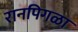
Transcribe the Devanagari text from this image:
रानपिगळा